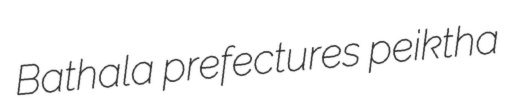
Bathala prefectures peiktha